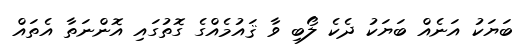
ބަޔަކު އަނެއް ބަޔަކު ދެކެ ލޯބި ވާ ޤައުމެއްގެ ގޮތުގައި އޮންނަތާ އެތައް